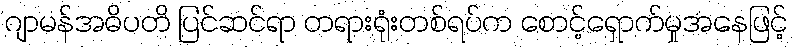
ဂျာမန်အဓိပတိ ပြင်ဆင်ရာ တရားရုံးတစ်ရပ်က စောင့်ရှောက်မှုအနေဖြင့်